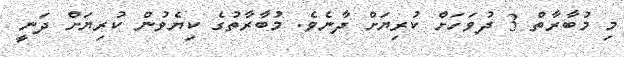
މި މުބާރާތް 3 ދުވަހަށް ކުރިޔަށް ދާނެވެ. މުބާރާތުގެ ކިޔެވުން ކުރިޔަށް ދަނީ